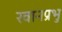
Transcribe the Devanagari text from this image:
रवानप्रभु